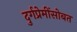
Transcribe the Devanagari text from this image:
दुर्गप्रेमींसोबत